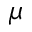
\mu